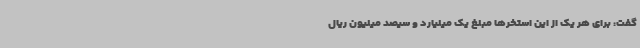
گفت: برای هر یک از این استخرها مبلغ یک میلیارد و سیصد میلیون ریال